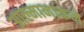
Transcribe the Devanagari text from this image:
आल्मानाकने